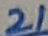
Text: 21